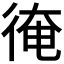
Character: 𢔂